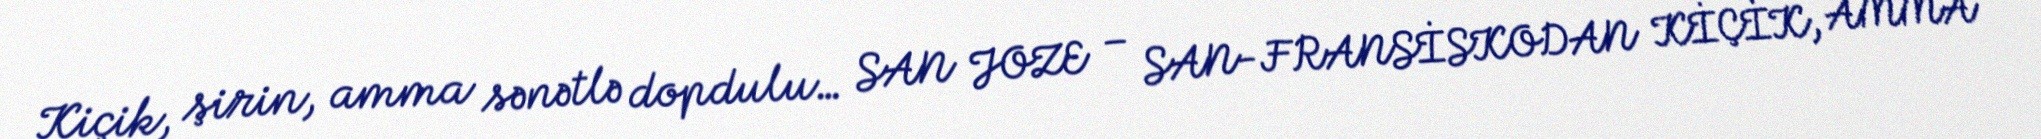
Kiçik, şirin, amma sənətlə dopdulu… SAN JOZE – SAN-FRANSİSKODAN KİÇİK, AMMA